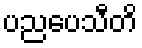
ပညပေသီတိ